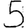
Digit: 5